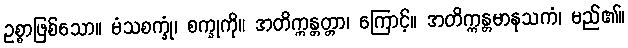
ဥစ္စာဖြစ်သော။ မံသစက္ခုံ၊ စက္ခုကို။ အတိက္ကန္တတ္တာ၊ ကြောင့်။ အတိက္ကန္တမာနုသကံ၊ မည်၏။